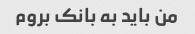
من باید به بانک بروم